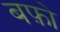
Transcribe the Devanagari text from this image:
बफ़ो